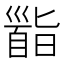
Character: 𩠜